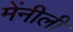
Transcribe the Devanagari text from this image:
मेंनीली